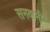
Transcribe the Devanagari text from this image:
सनवानी